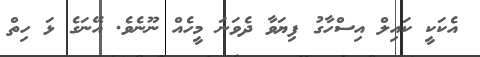
އެކަކީ ކައިލް އިސްހާގު ފިޔަވާ ދެވަނަ މީހެއް ނޫނެވެ. އޭނަގެ ޅަ ހިތް